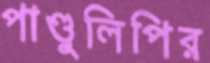
পাণ্ডুলিপির